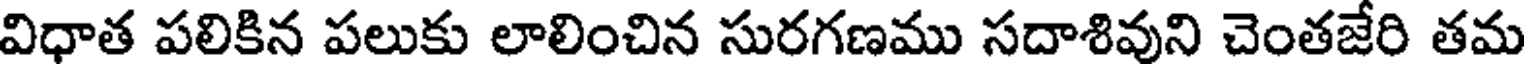
విధాత పలికిన పలుకు లాలించిన సురగణము సదాశివుని చెంతజేరి తమ